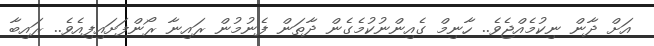
އަށް ދާން ނިކުމެއްޖެވެ.. ހާނިމް ގެއިންނުކުމެގެން ދާތަން ފެނުމުން ރައިނާ ރޯންފަށައިފިއެވެ.. ރައިބާ